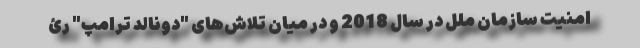
امنیت سازمان ملل در سال 2018 و در میان تلاش‌های "دونالد ترامپ" رئ